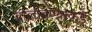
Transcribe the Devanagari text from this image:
बोलावण्याकडे